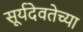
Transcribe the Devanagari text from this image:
सूर्यदेवतेच्या